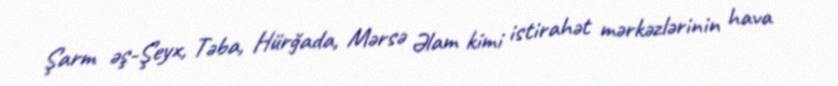
Şarm əş-Şeyx, Təba, Hürğada, Mərsə Əlam kimi istirahət mərkəzlərinin hava